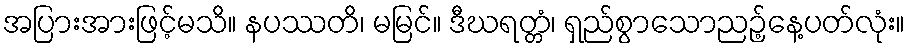
အပြားအားဖြင့်မသိ။ နပဿတိ၊ မမြင်။ ဒီဃရတ္တံ၊ ရှည်စွာသောညဉ့်နေ့ပတ်လုံး။